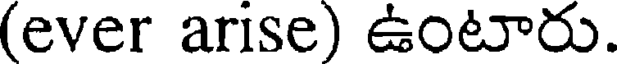
(ever arise) ఉంటారు.